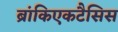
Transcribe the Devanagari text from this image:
ब्रांकिएकटैसिस